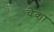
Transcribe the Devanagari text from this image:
चेका